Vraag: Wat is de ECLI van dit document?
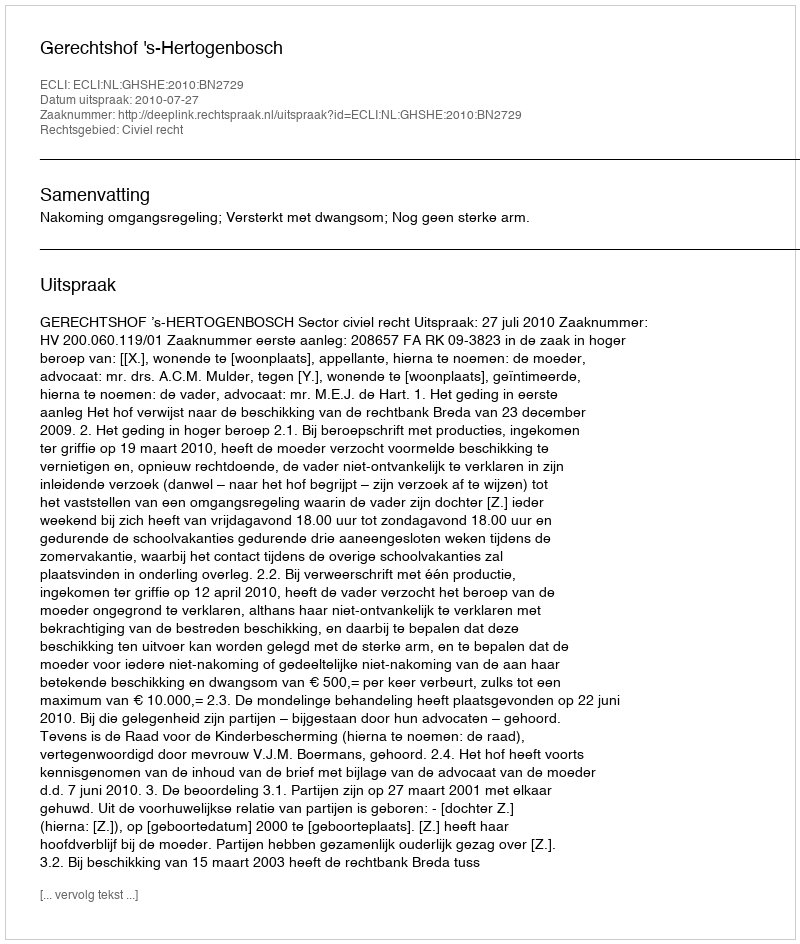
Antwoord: ECLI:NL:GHSHE:2010:BN2729